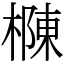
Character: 樄